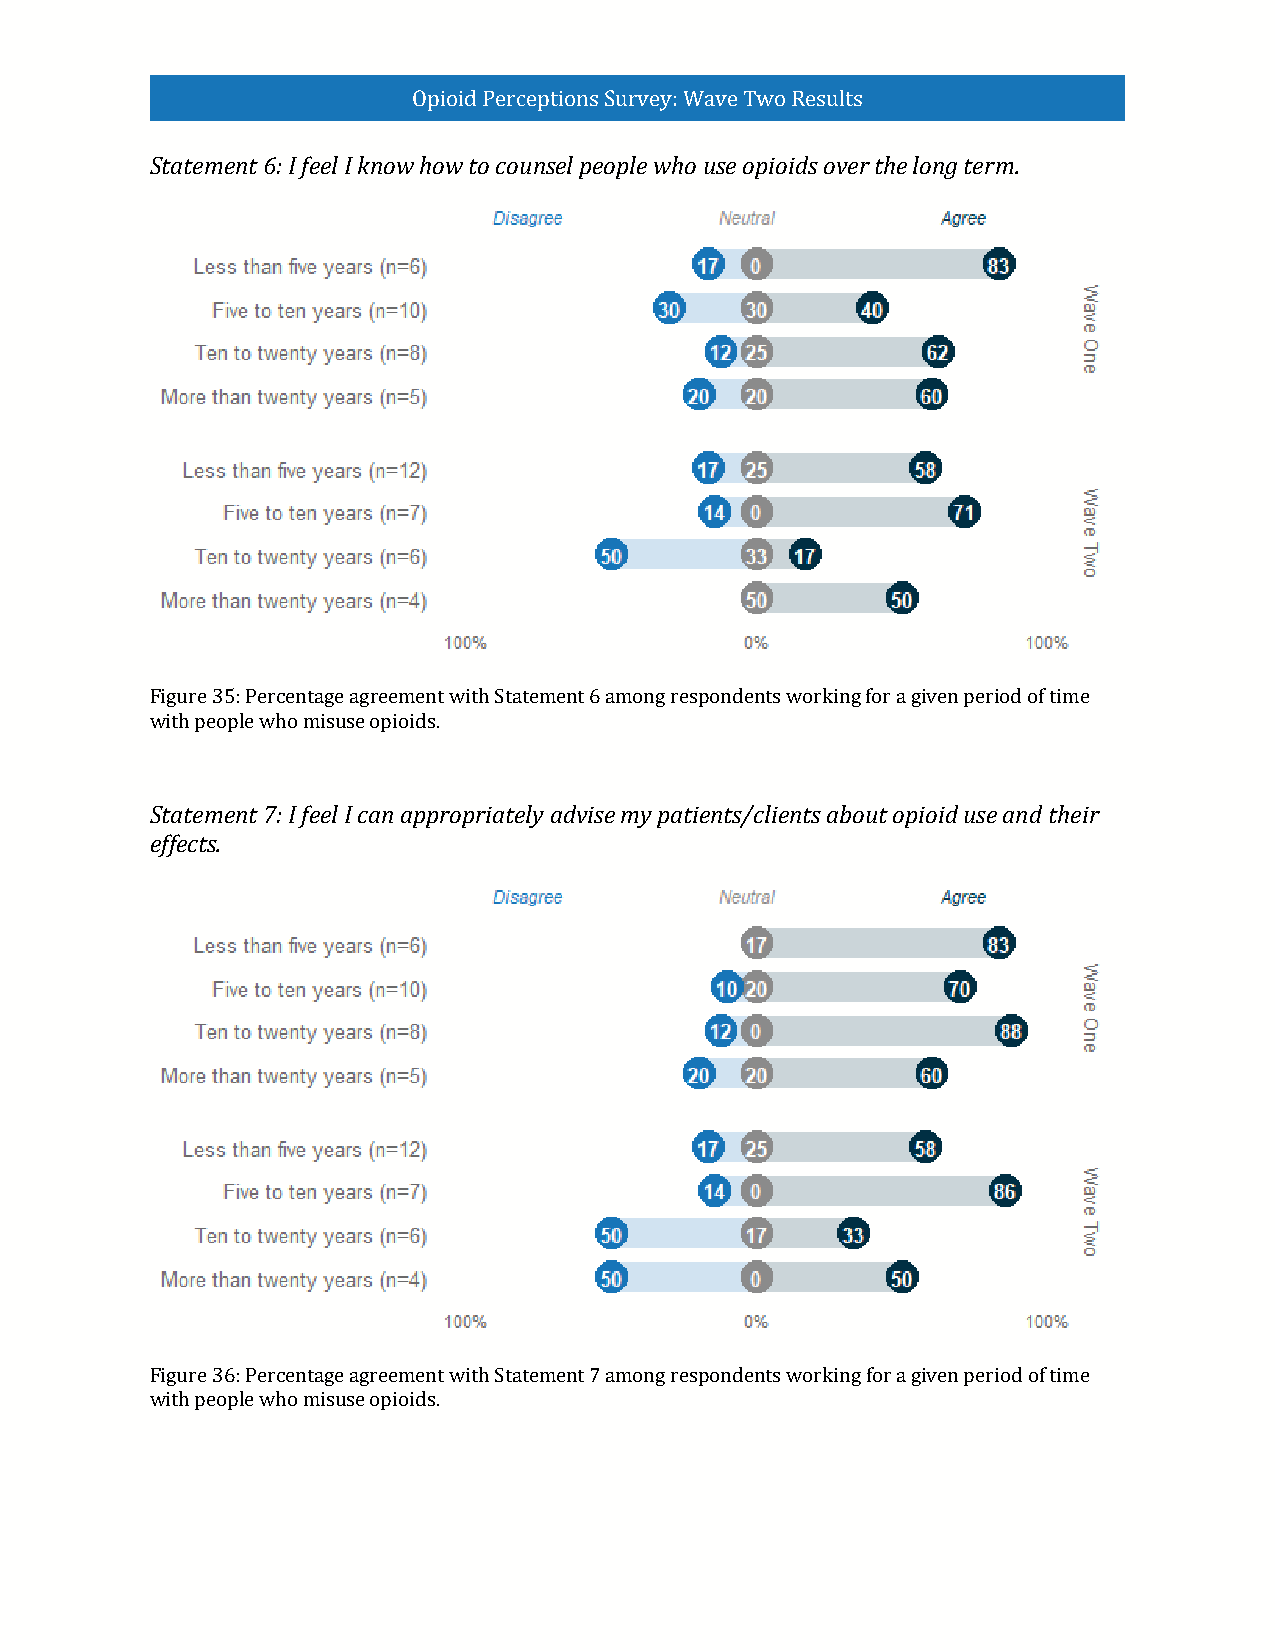
Opioid Perceptions Survey: Wave Two Results
 Statement 6: I feel I know how to counsel people who use opioids over the long term.
 Figure 35: Percentage agreement with Statement 6 among respondents working for a given period of time
 with people who misuse opioids.
 Statement 7: I feel I can appropriately advise my patients/clients about opioid use and their
 effects.
 Figure 36: Percentage agreement with Statement 7 among respondents working for a given period of time
 with people who misuse opioids.